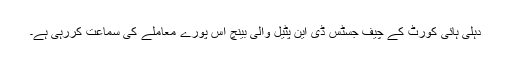
دہلی ہائی کورٹ کے چیف جسٹس ڈی این پٹیل والی بینچ اس پورے معاملے کی سماعت کررہی ہے۔